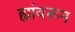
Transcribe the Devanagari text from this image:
ह्यांवरून